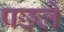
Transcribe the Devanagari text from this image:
पछले